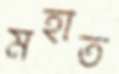
মহাত